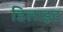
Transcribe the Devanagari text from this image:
डिलाइट